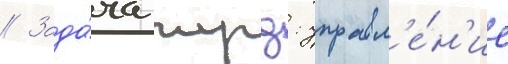
// Зада́ча жрд: управл'е́н'ие